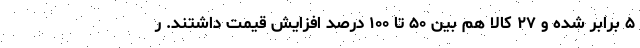
۵ برابر شده و ۲۷ کالا هم بین ۵۰ تا ۱۰۰ درصد افزایش قیمت داشتند. ر